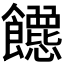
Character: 𬲡